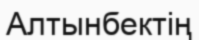
Алтынбектің